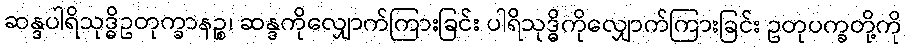
ဆန္ဒပါရိသုဒ္ဓိဥတုက္ခာနဉ္စ၊ ဆန္ဒကိုလျှောက်ကြားခြင်း ပါရိသုဒ္ဓိကိုလျှောက်ကြားခြင်း ဥတုပက္ခတို့ကို